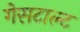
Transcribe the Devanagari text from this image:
गेसटाल्ट